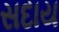
સદાય